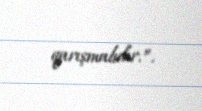
qarışmalıdır.”.